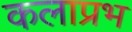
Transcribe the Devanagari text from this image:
कलाप्रभ